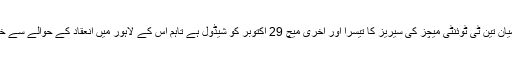
پاکستان اور سری لنکا کے درمیان تین ٹی ٹوئنٹی میچز کی سیریز کا تیسرا اور آخری میچ 29 اکتوبر کو شیڈول ہے تاہم اس کے لاہور میں انعقاد کے حوالے سے خدشات ظاہر کیے جارہے تھے۔